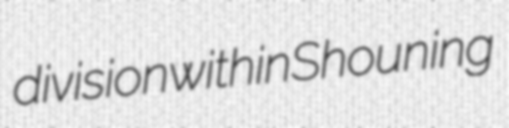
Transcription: division within Shouning